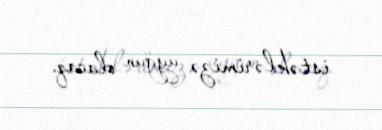
istəklərimizə uyğun olacaq.